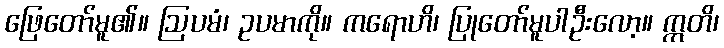
ဖြေတော်မူ၏။ ဩပမံ၊ ဥပမာကို။ ကရောဟိ၊ ပြုတော်မူပါဦးလော့။ ဣတိ၊